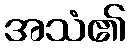
အသံ၏